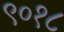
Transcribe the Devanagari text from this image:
९०१८